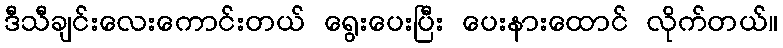
ဒီသီချင်းလေးကောင်းတယ် ရွေးပေးပြီး ပေးနားထောင် လိုက်တယ်။